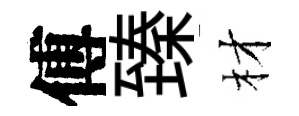
傅臻材